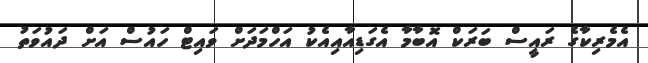
އެމެރިކާގެ ރައީސް ބަރަކް އޮބާމާ އެގަޑިއާއިއެކު އަހްމަދަށް ވައިޓް ހައުސް އަށް ދައުވަތު